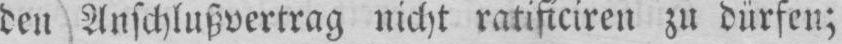
den Anschlußvertrag nicht ratificiren zu dürfen;